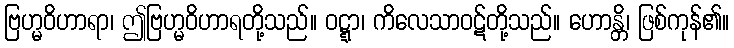
ဗြဟ္မဝိဟာရာ၊ ဤဗြဟ္မဝိဟာရတို့သည်။ ဝဋ္ဋာ၊ ကိလေသာဝဋ်တို့သည်။ ဟောန္တိ၊ ဖြစ်ကုန်၏။